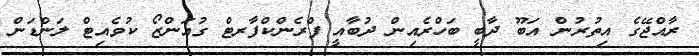
ރާއްޖޭގެ އިތުރުން އަބޫ ދާބީ ބަހްރެއިން ދުބާއީ ފްރެންކްފާރޓް ގުއަންޒޯ ކުވެއިޓް ލަންޑަން